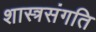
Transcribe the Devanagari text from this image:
शास्त्रसंगति